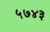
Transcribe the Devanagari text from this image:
५७४३